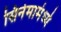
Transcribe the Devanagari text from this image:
सिनेमामंध्ये